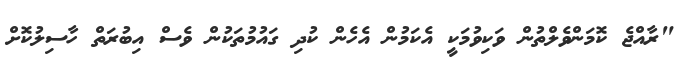
"ރާއްޖެ ކޮމަންވެލްތުން ވަކިވުމަކީ އެކަމުން އެހެން ކުދި ގައުމުތަކުން ވެސް އިބުރަތް ހާސިލުކޮށް